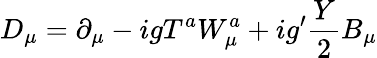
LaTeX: D_{\mu}=\partial_{\mu}-igT^{a}W_{\mu}^{a}+ig^{\prime}\frac{Y}{2}B_{\mu}